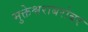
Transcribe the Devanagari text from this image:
मुक्तेश्वराबरोबर